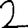
Digit: 2